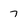
Character: 7